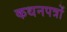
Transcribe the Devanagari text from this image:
कथनपत्रों